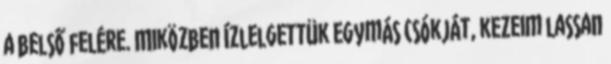
a belső felére. Miközben ízlelgettük egymás csókját, kezeim lassan